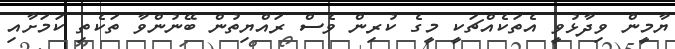
ޔާމީން ވިދާޅުވީ އެތަކެއްޗަކީ މީގެ ކުރިން ވެސް ރައްޔިތުން ބޭނުންވާ ތަކެތި ކަމަށާއި